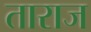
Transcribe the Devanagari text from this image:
ताराज